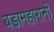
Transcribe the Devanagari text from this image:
बडामहारानी